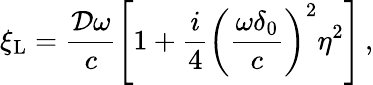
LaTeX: \xi_{\mathrm{L}}=\frac{\mathcal{D}\omega}{c}\left[1+\frac{i}{4}\left(\frac{\omega\delta_{0}}{c}\right)^{2}\eta^{2}\right]\, ,